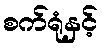
စက်ရုံနှင့်